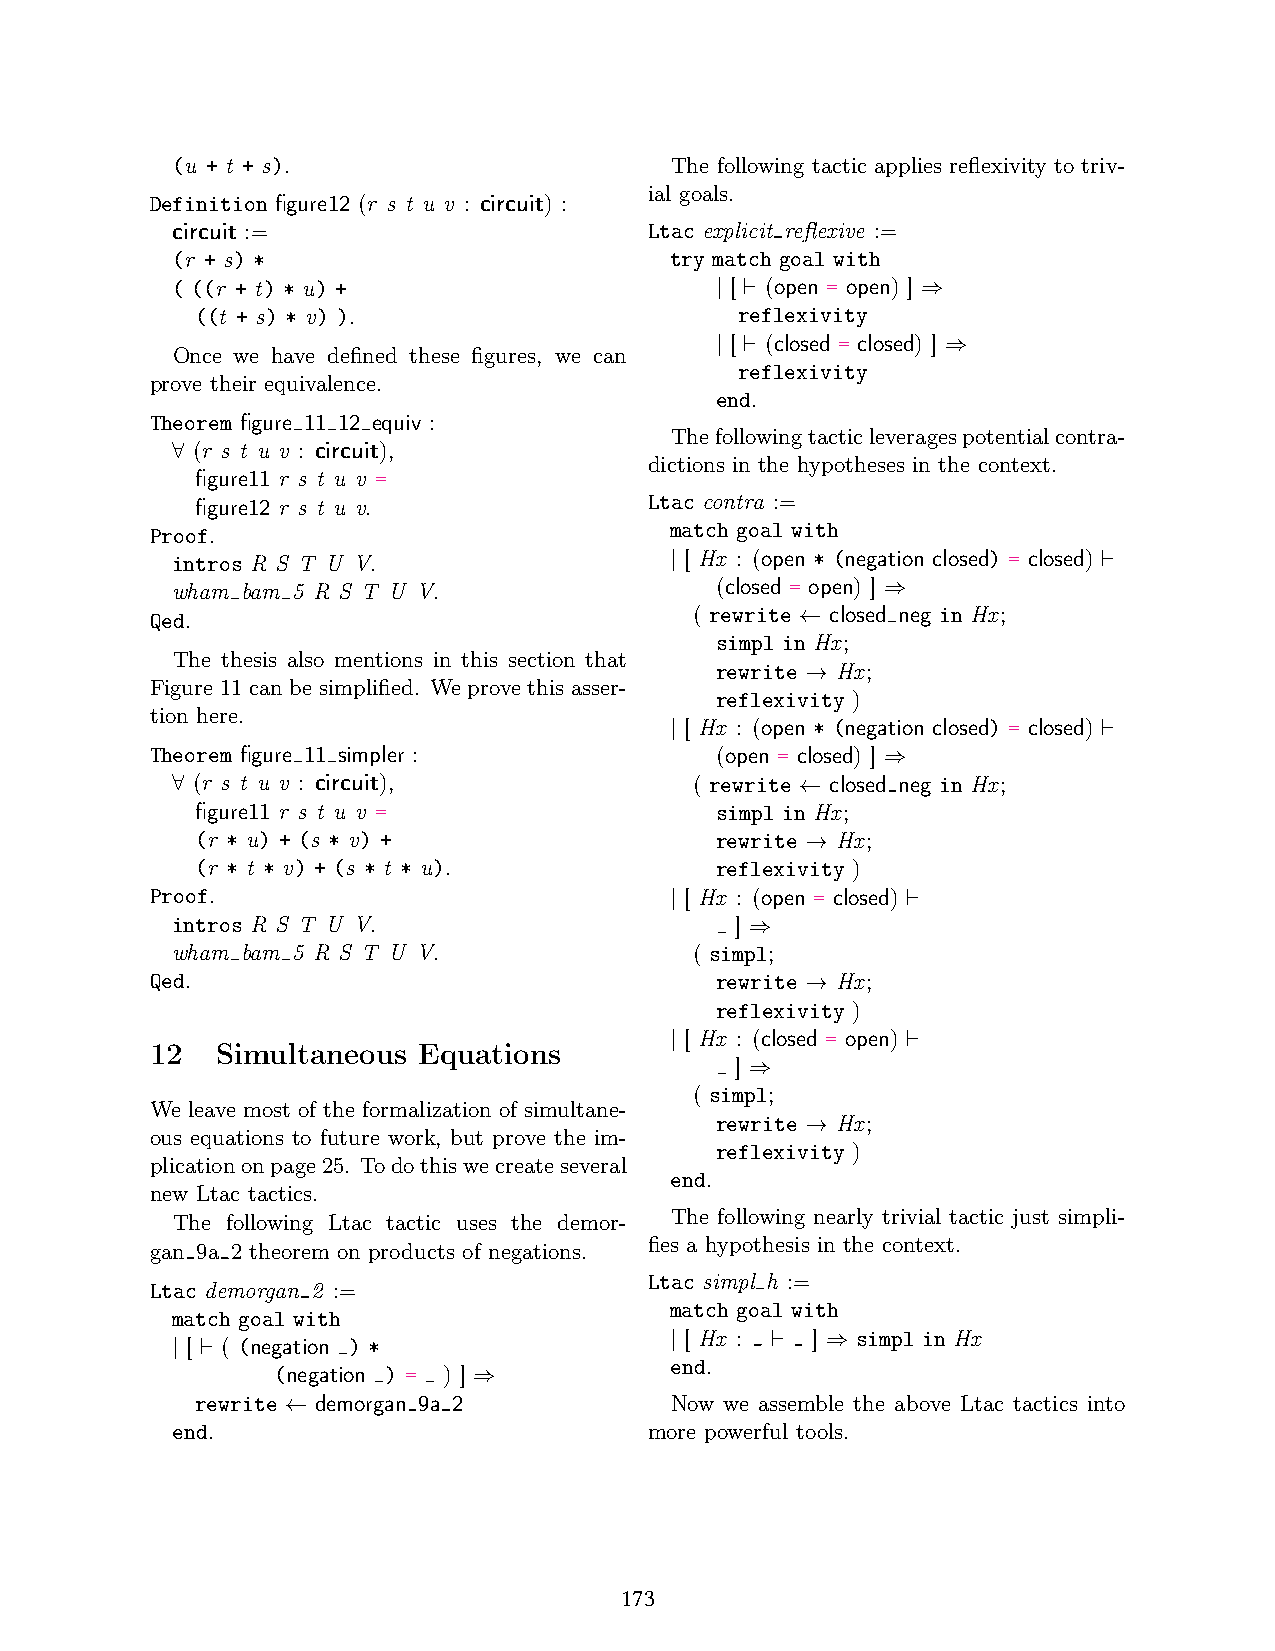
(u + t + s).                     The following tactic applies reflexivity to triv-
 Definition figure12 (r s t u v : circuit) : ial goals.
 circuit :=                      Ltac explicit reflexive :=
 (r + s) *                        try match goal with
 ( ((r + t) * u) +                    [  (open = open) ]
 | ⊢           ⇒
 ((t + s) * v) ).                    reflexivity
 [  (closed = closed) ]
 Once we have defined these figures, we can | ⊢      ⇒
 reflexivity
 prove their equivalence.
 end.
 Theorem figure 11 12 equiv :
 Thefollowingtacticleveragespotentialcontra-
 (r s t u v : circuit),
 ∀                               dictions in the hypotheses in the context.
 figure11 r s t u v =
 figure12 r s t u v.           Ltac contra :=
 Proof.                            match goal with
 intros R S T U V.                 [ Hx : (open * (negation closed) = closed)
 |                            ⊢
 wham bam 5 R S T U V.               (closed = open) ]
 ⇒
 Qed.                                ( rewrite closed neg in Hx;
 ←
 simpl in Hx;
 The thesis also mentions in this section that
 rewrite Hx;
 Figure 11 can be simplified. We prove this asser- →
 reflexivity )
 tion here.
 [ Hx : (open * (negation closed) = closed)
 |                            ⊢
 Theorem figure 11 simpler :          (open = closed) ]
 (r s t u v : circuit),           ( rewrite closed⇒ neg in Hx;
 ∀                                         ←
 figure11 r s t u v =              simpl in Hx;
 (r * u) + (s * v) +               rewrite Hx;
 →
 (r * t * v) + (s * t * u).        reflexivity )
 Proof.                             [ Hx : (open = closed)
 |               ⊢
 intros R S T U V.                     ]
 ⇒
 wham bam 5 R S T U V.              ( simpl;
 Qed.                                 rewrite Hx;
 →
 reflexivity )
 [ Hx : (closed = open)
 12  Simultaneous  Equations       |               ⊢
 ]
 ⇒
 ( simpl;
 We leave most of the formalization of simultane-
 rewrite Hx;
 ous equations to future work, but prove the im- →
 reflexivity )
 plicationonpage25. Todothiswecreateseveral
 end.
 new Ltac tactics.
 The following nearly trivial tactic just simpli-
 The following Ltac tactic uses the demor-
 fies a hypothesis in the context.
 gan 9a 2 theorem on products of negations.
 Ltac simpl h :=
 Ltac demorgan 2 :=
 match goal with
 match goal with
 [ Hx :   ]  simpl in Hx
 [  ( (negation ) *
 |      ⊢   ⇒
 | ⊢                              end.
 (negation ) = ) ]
 ⇒
 rewrite demorgan 9a 2          Now we assemble the above Ltac tactics into
 ←
 end.                            more powerful tools.
 173